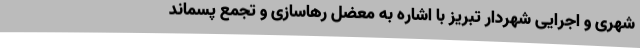
شهری و اجرایی شهردار تبریز با اشاره به معضل رهاسازی و تجمع پسماند